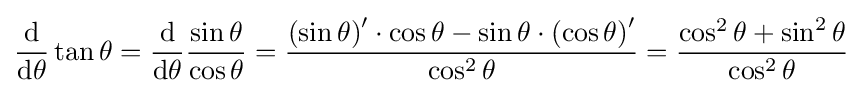
{\frac {\operatorname {d} }{\operatorname {d} \!\theta }}\tan \theta ={\frac {\operatorname {d} }{\operatorname {d} \!\theta }}{\frac {\sin \theta }{\cos \theta }}={\frac {\left(\sin \theta \right)^{\prime }\cdot \cos \theta -\sin \theta \cdot \left(\cos \theta \right)^{\prime }}{\cos ^{2}\theta }}={\frac {\cos ^{2}\theta +\sin ^{2}\theta }{\cos ^{2}\theta }}